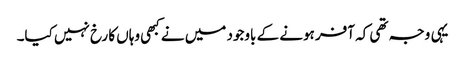
یہی وجہ تھی کہ آفر ہونے کے باوجود میں نے کبھی وہاں کا رخ نہیں کیا۔